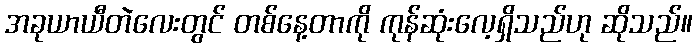
အခုယာယီတဲလေးတွင် တစ်နေ့တာကို ကုန်ဆုံးလေ့ရှိသည်ဟု ဆိုသည်။